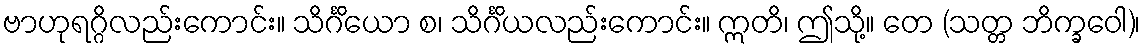
ဗာဟုရဂ္ဂိလည်းကောင်း။ သိင်္ဂိယော စ၊ သိင်္ဂိယလည်းကောင်း။ ဣတိ၊ ဤသို့။ တေ (သတ္တ ဘိက္ခဝေါ)၊